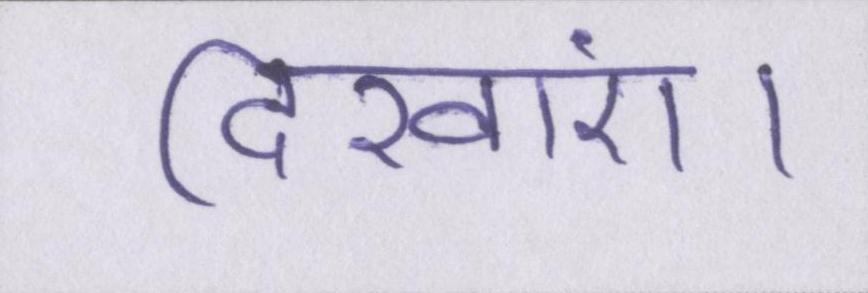
दिखाएं।